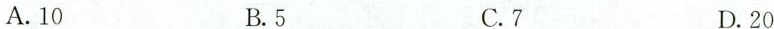
A.10 B.5 C.7 D.20